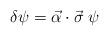
LaTeX: \begin{align*}\delta \psi = \vec{ \alpha}\cdot\vec{\sigma}\;\psi\end{align*}